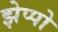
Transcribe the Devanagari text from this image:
झेप्पो